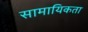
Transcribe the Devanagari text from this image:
सामायिकता